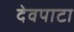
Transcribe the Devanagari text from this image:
देवपाटा